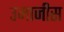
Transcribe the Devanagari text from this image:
उमाजीस